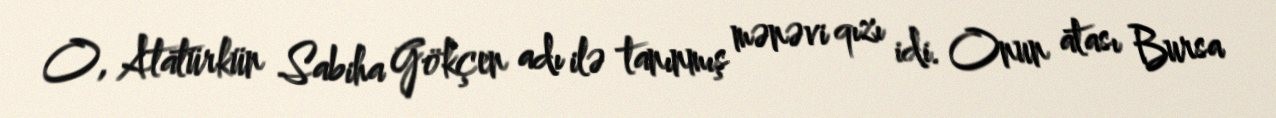
O, Atatürkün Sabiha Gökçen adı ilə tanınmış mənəvi qızı idi. Onun atası Bursa